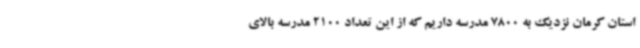
استان کرمان نزدیک به 7800 مدرسه داریم که از این تعداد 2100 مدرسه بالای